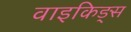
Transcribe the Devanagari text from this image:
वाइकिङ्स